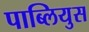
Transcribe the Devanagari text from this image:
पाब्लियुस